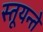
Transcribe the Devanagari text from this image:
स्तूयन्ते